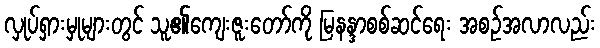
လှုပ်ရှားမှုများတွင် သူ၏ကျေးဇူးတော်ကို မြနန္ဒာစစ်ဆင်ရေး အစဉ်အလာလည်း